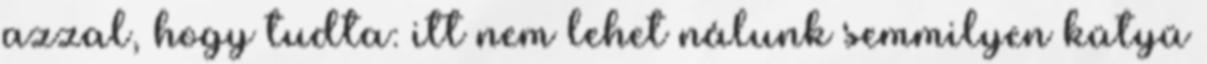
azzal, hogy tudta: itt nem lehet nálunk semmilyen kütyü